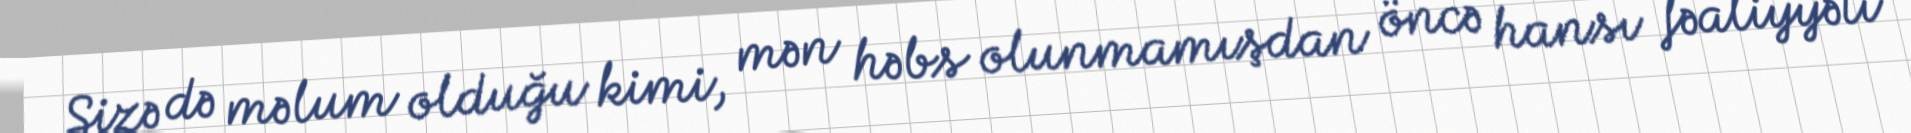
Sizə də məlum olduğu kimi, mən həbs olunmamışdan öncə hansı fəaliyyəti